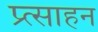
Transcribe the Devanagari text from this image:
प्र्त्साहन